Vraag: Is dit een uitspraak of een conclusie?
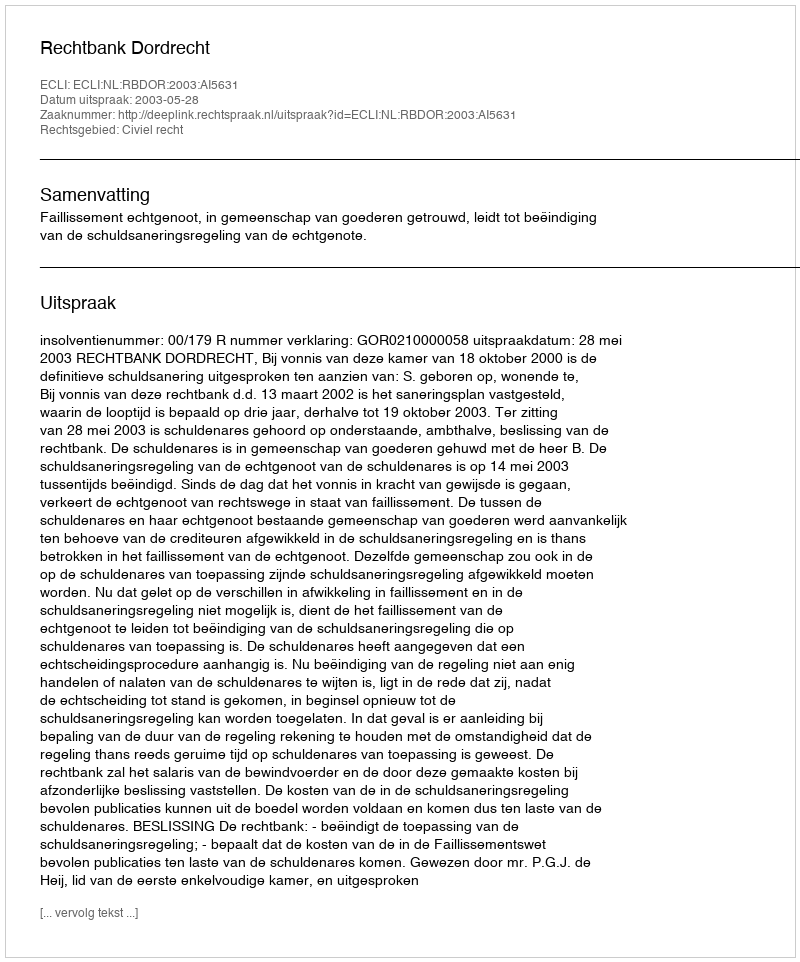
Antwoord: Uitspraak